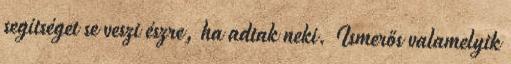
segítséget se veszi észre, ha adtak neki. Ismerős valamelyik